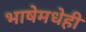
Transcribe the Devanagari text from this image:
भाषेमधेही